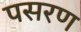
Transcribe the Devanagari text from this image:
पसरण